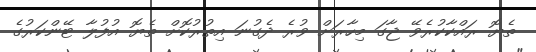
ތެޔޮ ރައްކާކުރެވޭ ޖާގަ މިހާރަށް ވުރެ ދެގުނަ އިތުރުކޮށް ތެޔޮ އުފުލާ ޓޭންކަރުގެ